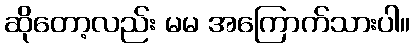
ဆိုတော့လည်း မမ အကြောက်သားပါ။